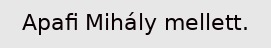
Apafi Mihály mellett.